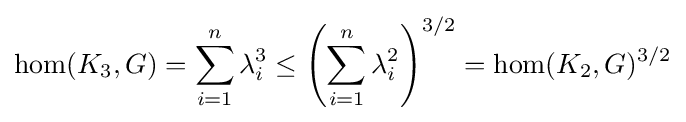
\operatorname {hom} (K_{3},G)=\sum _{i=1}^{n}\lambda _{i}^{3}\leq \left(\sum _{i=1}^{n}\lambda _{i}^{2}\right)^{3/2}=\operatorname {hom} (K_{2},G)^{3/2}